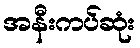
အနီးကပ်ဆုံး